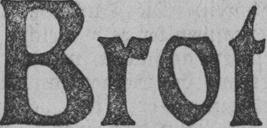
Brot